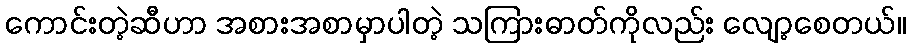
ကောင်းတဲ့ဆီဟာ အစားအစာမှာပါတဲ့ သကြားဓာတ်ကိုလည်း လျော့စေတယ်။